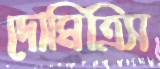
দোমিত্রিস